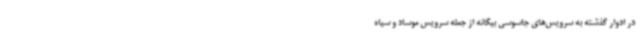
در ادوار گذشته به سرویس‌های جاسوسی بیگانه از جمله سرویس موساد و سیاه